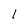
Character: 1